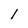
Character: l